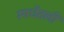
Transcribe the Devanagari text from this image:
स्पर्धेतली